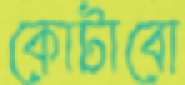
কোটাবো